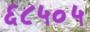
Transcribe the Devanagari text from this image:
६८५०५